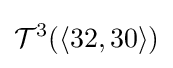
{\mathcal {T}}^{3}(\langle 32,30\rangle )